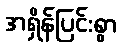
အရှိန်ပြင်းစွာ